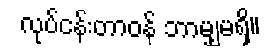
လုပ်ငန်းတာဝန် ဘာမျှမရှိ။